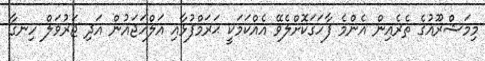
މިމަޝްރޫއުގެ ތެރެއިން އެންމެ ފާހަގަކޮށްލެވޭ އެއްކަމަކީ ޙަރަމްފުޅާއި އަލްހަޖައުން އަދި ޖަރުވަލް ހިނގާ